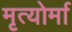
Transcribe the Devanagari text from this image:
मृत्योर्मा